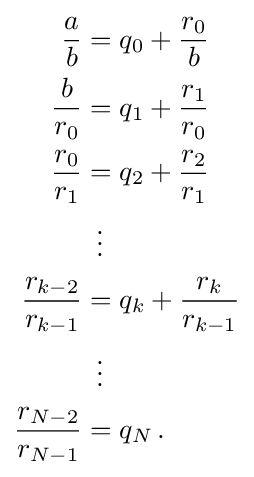
{\begin{aligned}{\frac {a}{b}}&=q_{0}+{\frac {r_{0}}{b}}\\{\frac {b}{r_{0}}}&=q_{1}+{\frac {r_{1}}{r_{0}}}\\{\frac {r_{0}}{r_{1}}}&=q_{2}+{\frac {r_{2}}{r_{1}}}\\&\,\,\,\vdots \\{\frac {r_{k-2}}{r_{k-1}}}&=q_{k}+{\frac {r_{k}}{r_{k-1}}}\\&\,\,\,\vdots \\{\frac {r_{N-2}}{r_{N-1}}}&=q_{N}\,.\end{aligned}}